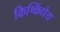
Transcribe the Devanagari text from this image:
किष्किंधेय